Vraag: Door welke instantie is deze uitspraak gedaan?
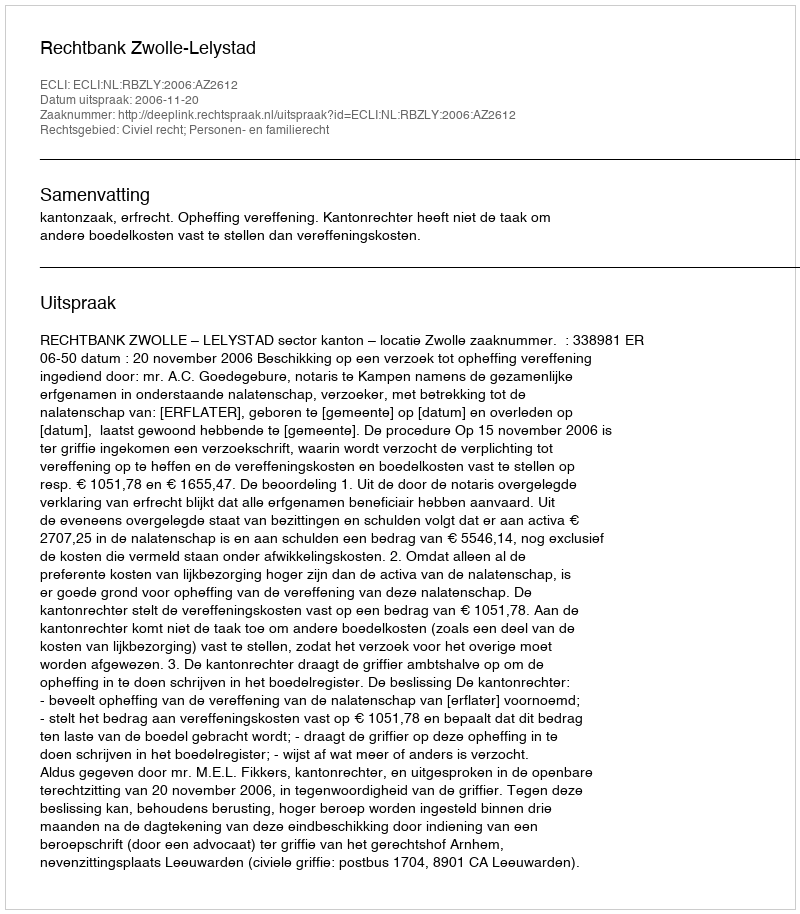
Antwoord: Rechtbank Zwolle-Lelystad